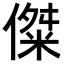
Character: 𪝨